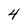
Character: 4